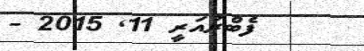
ފެބްރުއަރީ 11